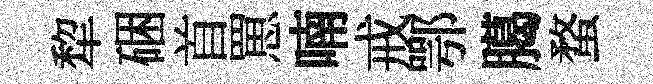
犂硱首罳喃戒鄂臈蝥